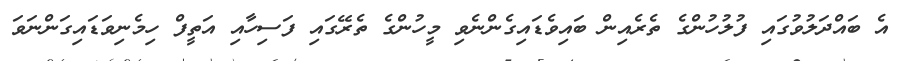
އެ ބައްދަލުވުގައި ފުލުހުންގެ ތެރެއިން ބައިވެޑައިގެންނެވި މީހުންގެ ތެރޭގައި ފަސިހާއި އަތީފް ހިމެނިވަޑައިގަންނަވަ